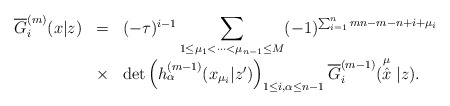
\begin{align*}\begin{array}{rcl}\overline{G}^{(m)}_i (x|z) & = & (-\tau)^{i-1}\displaystyle\sum_{1\leq \mu_1<\cdots <\mu_{n-1}\leq M} (-1)^{\sum_{i=1}^{n} mn-m-n+i +\mu_i } \\& \times & \det\left( h_{\alpha}^{(m-1)}(x_{\mu_i}|z')\right) _{1\leq i, \alpha \leq n-1}\overline{G}^{(m-1)}_i (\stackrel{\mu}{\hat{x}}| z).\end{array}\end{align*}